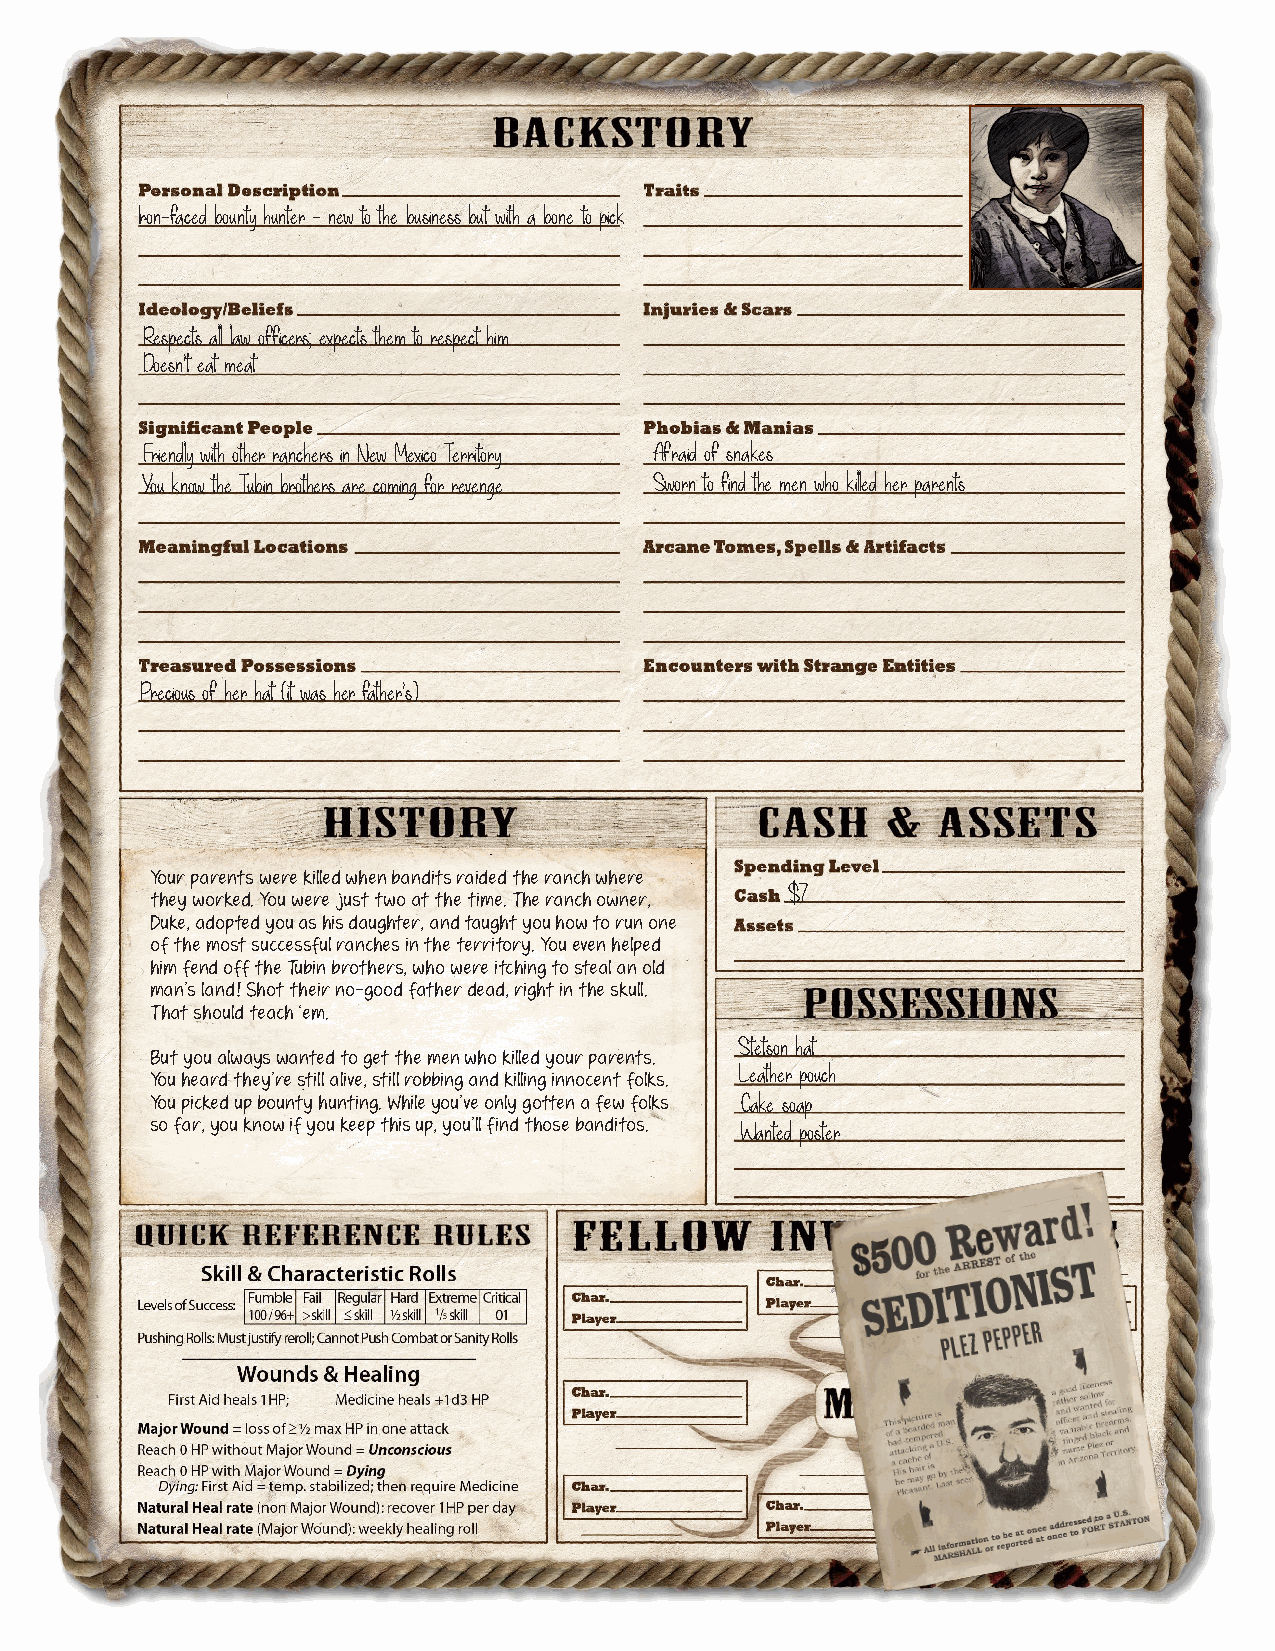
Iron-faced bounty hunter - new to the business but with a bone to pick
 Respects all law officers; expects them to respect him
 Doesn’t eat meat
 Friendly with other ranchers in New Mexico Territory Afraid of snakes
 You know the Tubin brothers are coming for revenge Sworn to find the men who killed her parents
 Precious of her hat (it was her father’s)
 Your parents were killed when bandits raided the ranch where
 $7
 they worked. You were just two at the time. The ranch owner,
 Duke, adopted you as his daughter, and taught you how to run one
 of the most successful ranches in the territory. You even helped
 him fend off the Tubin brothers, who were itching to steal an old
 man’s land! Shot their no-good father dead, right in the skull.
 That should teach ‘em.
 Stetson hat
 But you always wanted to get the men who killed your parents.
 Leather pouch
 You heard they’re still alive, still robbing and killing innocent folks.
 You picked up bounty hunting. While you’ve only gotten a few folks Cake soap
 so far, you know if you keep this up, you’ll find those banditos. Wanted poster